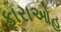
ફારાઓહ